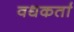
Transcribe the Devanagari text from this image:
वधकर्ता